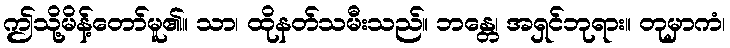
ဤသို့မိန့်တော်မူ၏။ သာ၊ ထိုနတ်သမီးသည်။ ဘန္တေ၊ အရှင်ဘုရား။ တုမှာကံ၊